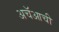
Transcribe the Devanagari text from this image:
अचॅआची